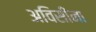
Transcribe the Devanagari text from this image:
अविसीना